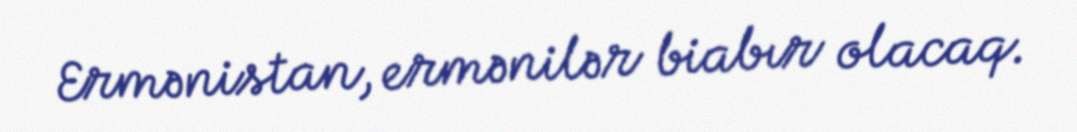
Ermənistan, ermənilər biabır olacaq.